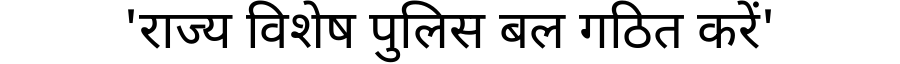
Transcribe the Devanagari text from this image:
'राज्य विशेष पुलिस बल गठित करें'